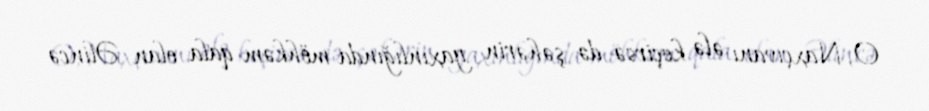
O, Naxçıvanı ələ keçirsə də şəhərin yaxınlığında möhkəm qala olan Əlincə